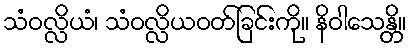
သံဝလ္လိယံ၊ သံဝလ္လိယဝတ်ခြင်းကို။ နိဝါသေန္တိ။